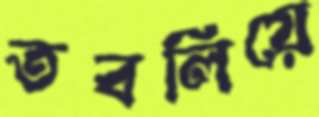
তবলিয়ে